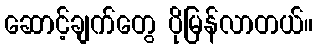
ဆောင့်ချက်တွေ ပိုမြန်လာတယ်။